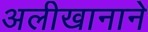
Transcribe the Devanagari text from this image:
अलीखानाने